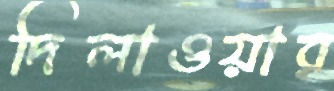
দিলাওয়ার